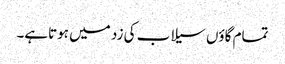
تمام گاؤں سیلاب کی زد میں ہوتاہے۔